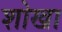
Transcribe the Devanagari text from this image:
शोखा